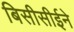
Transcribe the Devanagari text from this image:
बिसीसीईने